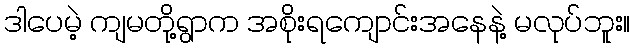
ဒါပေမဲ့ ကျမတို့ရွာက အစိုးရကျောင်းအနေနဲ့ မလုပ်ဘူး။